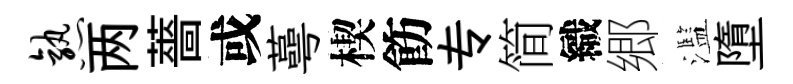
熟两薔或蕚楔飭专简織郷濫墮